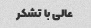
عالی با تشکر